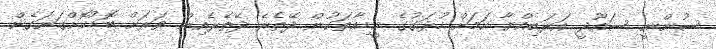
ސުންނީ ސައޫދީ އަރަބިއްޔާ ކަމަށް ހުޅަގުގެ މީޑިއާތަކުން ދޭތެރެ ދޭތެރެއިން ވަރަށް ބޮޑުކޮށްގަނަގެން